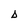
Character: D